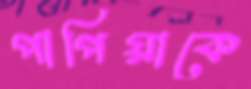
পাপিয়াকে